Scottish Leaving Certificate Examination, 1960
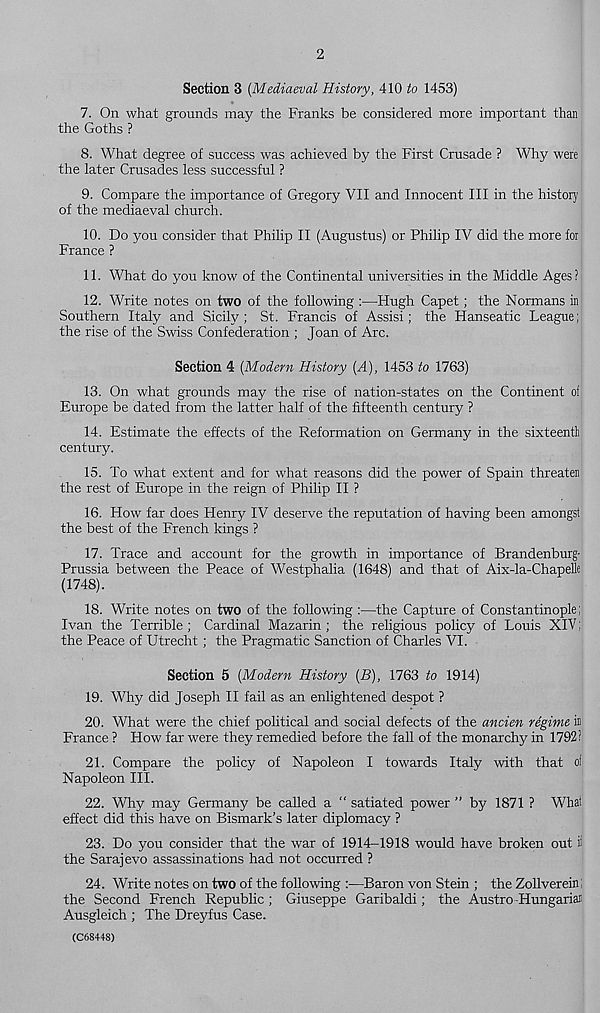
2
Section 3 [Mediaeval History, 410 to 1453)
7. On what grounds may the Franks be considered more important than
the Goths ?
8. What degree of success was achieved by the First Crusade ? Why were
the later Crusades less successful ?
9. Compare the importance of Gregory VII and Innocent III in the history
of the mediaeval church.
10. Do you consider that Philip II (Augustus) or Philip IV did the more for
France ?
11. What do you know of the Continental universities in the Middle Ages?
12. Write notes on two of the following :—Hugh Capet; the Normans in
Southern Italy and Sicily; St. Francis of Assisi; the Hanseatic League;
the rise of the Swiss Confederation ; Joan of Arc.
Section 4 [Modern History [A), 1453 to 1763)
13. On what grounds may the rise of nation-states on the Continent of
Europe be dated from the latter half of the fifteenth century ?
14. Estimate the effects of the Reformation on Germany in the sixteenth
century.
15. To what extent and for what reasons did the power of Spain threaten
the rest of Europe in the reign of Philip II ?
16. How far does Henry IV deserve the reputation of having been amongst
the best of the French kings ?
17. Trace and account for the growth in importance of Brandenburg-
Prussia between the Peace of Westphalia (1648) and that of Aix-la-Chapefle
(1748).
18. Write notes on two of the following :—the Capture of Constantinople;
Ivan the Terrible ; Cardinal Mazarin ; the religious policy of Louis XIV;
the Peace of Utrecht ; the Pragmatic Sanction of Charles VI.
Section 5 [Modern History [B), 1763 to 1914)
19. Why did Joseph II fail as an enlightened despot ?
20. What were the chief political and social defects of the ancien regime ii
France ? How far were they remedied before the fall of the monarchy in 1792?
21. Compare the policy of Napoleon I towards Italy with that of
Napoleon III.
22. Why may Germany be called a “ satiated power ” by 1871 ? What
effect did this have on Bismark’s later diplomacy ?
23. Do you consider that the war of 1914-1918 would have broken out if
the Sarajevo assassinations had not occurred ?
24. Write notes on two of the following :■—Baron von Stein ; the Zollverein
the Second French Republic ; Giuseppe Garibaldi; the Austro -HungariaJ
Ausgleich ; The Dreyfus Case.
(C68448)